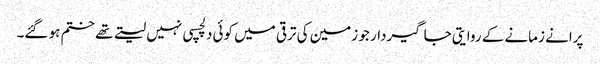
پرانے زمانے کے روایتی جاگیردار جو زمین کی ترقی میں کوئی دلچسپی نہیں لیتے تھے ختم ہو گئے۔